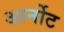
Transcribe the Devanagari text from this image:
आर्नोट